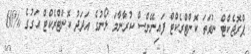
ޕްރޮޖެކްޓް ނުވަތަ ކޮންޓްރެކްޓް ފައިނޭންސް ކުރާނާމަ ލޯނުގެ އަދަދު ކޮންޓްރެކްޓް އަގުގެ %60